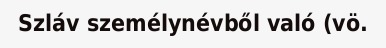
Szláv személynévből való (vö.